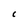
Character: C